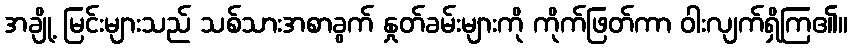
အချို့ မြင်းများသည် သစ်သားအစာခွက် နှုတ်ခမ်းများကို ကိုက်ဖြတ်ကာ ဝါးလျက်ရှိကြ၏။